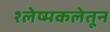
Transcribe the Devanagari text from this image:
श्लेष्मकलेतून